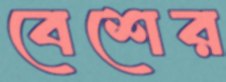
বেশের